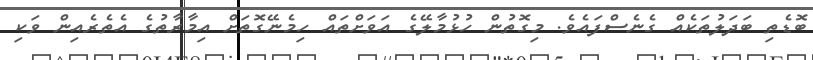
ބޮޑެތި ބަދަލުތަކެއް ގެނެސްފައެވެ. މިގޮތުން ހުޅުމާލޭގެ އަވަށްތައް ހިމެނޭގޮތަށް އިމާރާތުގެ އެތެރެއިން ވަކި